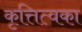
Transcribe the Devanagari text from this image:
कृत्तित्वका